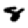
Digit: 8